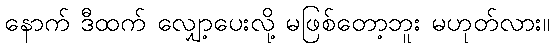
နောက် ဒီထက် လျှော့ပေးလို့ မဖြစ်တော့ဘူး မဟုတ်လား။